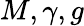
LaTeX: M,\gamma,g